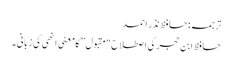
ترجمہ: حافظ نذر احمد
حافظ ابن حجر کی اصطلاح "مقبول” کا معنٰی انھی کی زبانی ۔